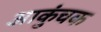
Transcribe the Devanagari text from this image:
आकुंचक